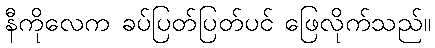
နီကိုလေက ခပ်ပြတ်ပြတ်ပင် ဖြေလိုက်သည်။